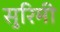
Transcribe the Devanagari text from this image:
सुरिमी